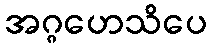
အဂ္ဂဟေသိပေ